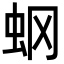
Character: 𧈿